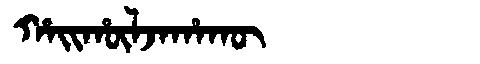
Manchu: ᡥᠠᡳᡥᡡᠯᠵᠠᡥᠠᡴᡡ
Romanization: HAIHŪLJAHAKŪ